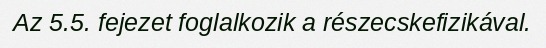
Az 5.5. fejezet foglalkozik a részecskefizikával.